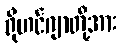
ရိုဟင်ဂျာတို့အား